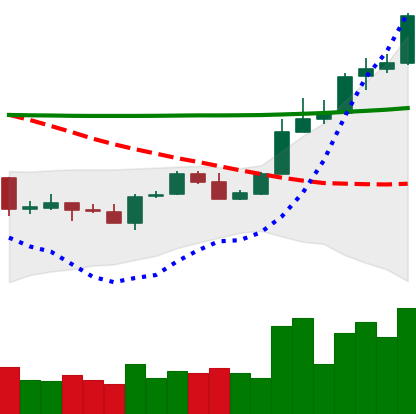
Ticker: ADA-USD
Chart end date: 2020-04-29
Forward return: -3.929%
Label: down_3_5